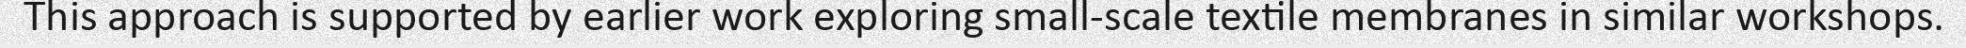
This approach is supported by earlier work exploring small-scale textile membranes in similar workshops.